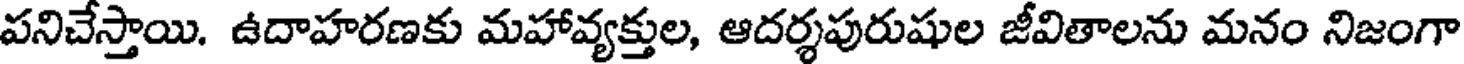
పనిచేస్తాయి. ఉదాహరణకు మహావ్యక్తుల, ఆదర్శపురుషుల జీవితాలను మనం నిజంగా